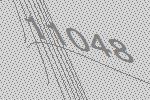
11048